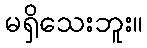
မရှိသေးဘူး။